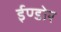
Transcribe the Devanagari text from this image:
ईण्डोर